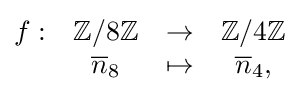
{\begin{matrix}f:&\mathbb {Z} /8\mathbb {Z} &\to &\mathbb {Z} /4\mathbb {Z} \\&{\overline {n}}_{8}&\mapsto &{\overline {n}}_{4},\end{matrix}}